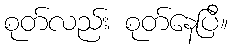
စုတ်လည်း စုတ်နေပြီ။